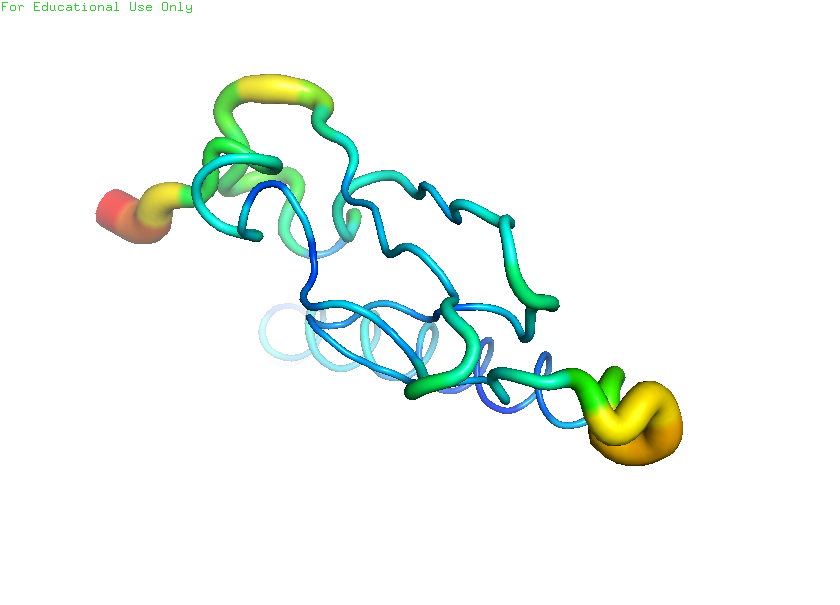
pymol, preset, b_factor_putty